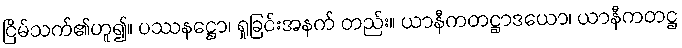
ငြိမ်သက်၏ဟူ၍။ ပဿနဋ္ဌော၊ ရှုခြင်းအနက် တည်း။ ယာနီကတဋ္ဌာဒယော၊ ယာနီကတဋ္ဌ